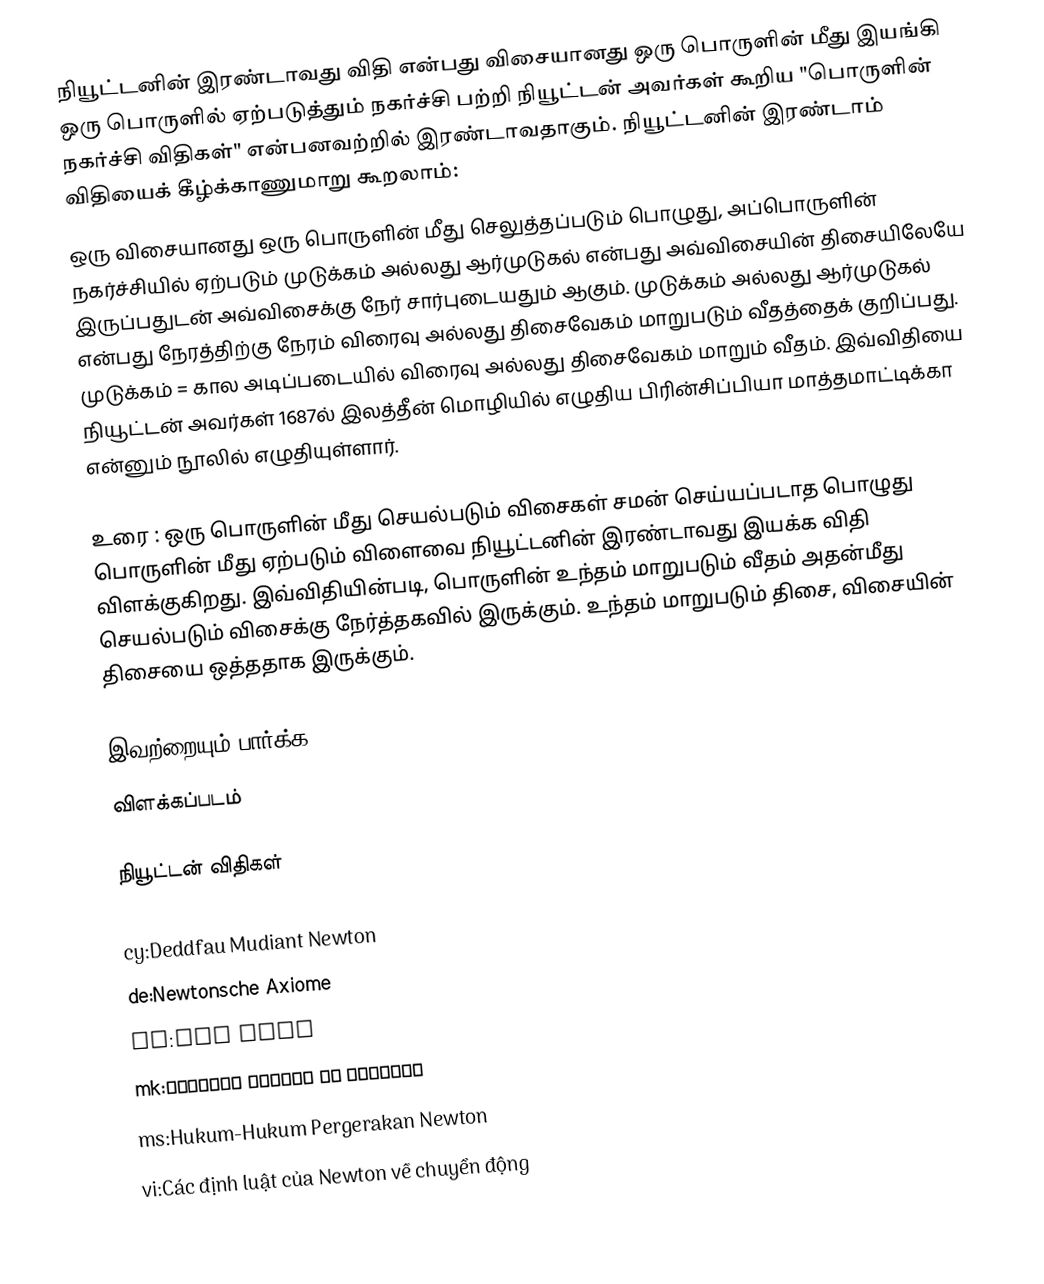
நியூட்டனின் இரண்டாவது விதி என்பது விசையானது ஒரு பொருளின் மீது இயங்கி ஒரு பொருளில் ஏற்படுத்தும் நகர்ச்சி பற்றி நியூட்டன் அவர்கள் கூறிய "பொருளின் நகர்ச்சி விதிகள்" என்பனவற்றில் இரண்டாவதாகும். நியூட்டனின் இரண்டாம் விதியைக் கீழ்க்காணுமாறு கூறலாம்:
ஒரு விசையானது ஒரு பொருளின் மீது செலுத்தப்படும் பொழுது, அப்பொருளின் நகர்ச்சியில் ஏற்படும் முடுக்கம் அல்லது ஆர்முடுகல் என்பது அவ்விசையின் திசையிலேயே இருப்பதுடன் அவ்விசைக்கு நேர் சார்புடையதும் ஆகும். முடுக்கம் அல்லது ஆர்முடுகல் என்பது நேரத்திற்கு நேரம் விரைவு அல்லது திசைவேகம் மாறுபடும் வீதத்தைக் குறிப்பது. முடுக்கம் = கால அடிப்படையில் விரைவு அல்லது திசைவேகம் மாறும் வீதம். இவ்விதியை நியூட்டன் அவர்கள் 1687ல் இலத்தீன் மொழியில் எழுதிய பிரின்சிப்பியா மாத்தமாட்டிக்கா என்னும் நூலில் எழுதியுள்ளார்.

உரை : ஒரு பொருளின் மீது செயல்படும் விசைகள் சமன் செய்யப்படாத பொழுது பொருளின் மீது ஏற்படும் விளைவை நியூட்டனின் இரண்டாவது இயக்க விதி விளக்குகிறது. இவ்விதியின்படி, பொருளின் உந்தம் மாறுபடும் வீதம் அதன்மீது செயல்படும் விசைக்கு நேர்த்தகவில் இருக்கும். உந்தம் மாறுபடும் திசை, விசையின் திசையை ஒத்ததாக இருக்கும்.

இவற்றையும் பார்க்க
 விளக்கப்படம்

நியூட்டன் விதிகள்

cy:Deddfau Mudiant Newton
de:Newtonsche Axiome
ko:뉴턴의 운동법칙
mk:Њутнови закони на движење
ms:Hukum-Hukum Pergerakan Newton
vi:Các định luật của Newton về chuyển động